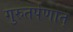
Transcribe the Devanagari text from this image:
गुरुतर्पणात्